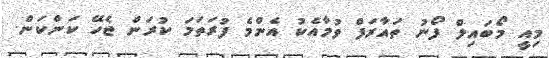
މިއީ މޯބައިލް ފޯނު ތައާރަފް ވުމާއެކު އެންމެ ފުރަތަމަ ކުރަން ޖެހޭ ކަންކަން.